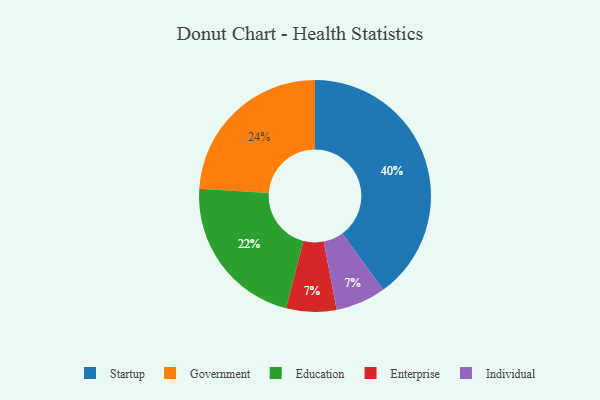
{"axis": {"x": "Category", "y": "Percentage"}, "legend": ["Education", "Enterprise", "Government", "Individual", "Startup"], "data": [{"x": "Education", "y": 22, "type": "Education"}, {"x": "Startup", "y": 40, "type": "Startup"}, {"x": "Enterprise", "y": 7, "type": "Enterprise"}, {"x": "Government", "y": 24, "type": "Government"}, {"x": "Individual", "y": 7, "type": "Individual"}]}